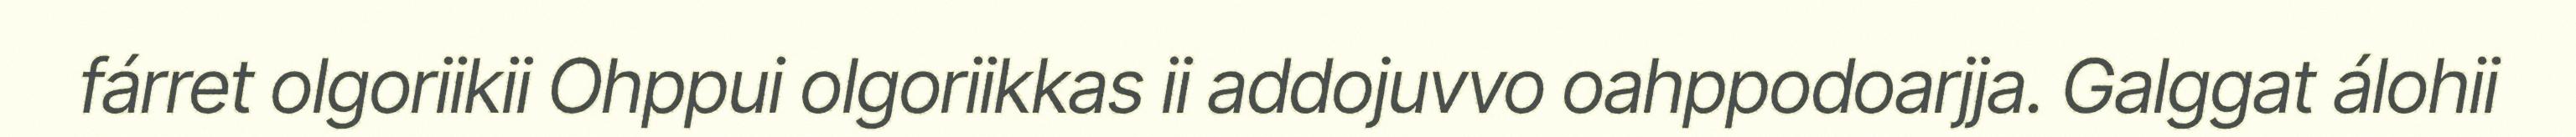
fárret olgoriikii Ohppui olgoriikkas ii addojuvvo oahppodoarjja. Galggat álohii